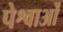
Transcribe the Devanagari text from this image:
पेश्वाओं